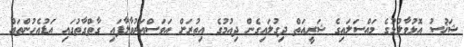
ޝަޚުސު އޮޅުވާލުމުގެ މައްސަލައިގެ ޝަރީއަތް ދިގުލައިގެން ދިއުމުގެ އިތުރަށް އަވަސްއަރުވާލާފައި ގާތްގާތުގައި އަޑުއެހުންތައް